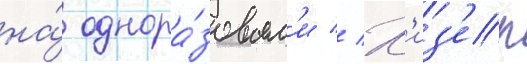
на́ однора́зовым'и // Х'из'ер